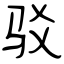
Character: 驳